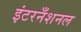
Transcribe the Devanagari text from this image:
इंटरनँशनल